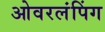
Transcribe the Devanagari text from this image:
ओवरलंपिंग